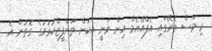
މި މަސް ތެރޭގައި އެފްއޭއެމް އިން ވަނީ އެކަން ތަންފީޒްކުރުމުގެ ގޮތުން އެ